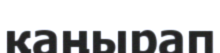
қаңырап